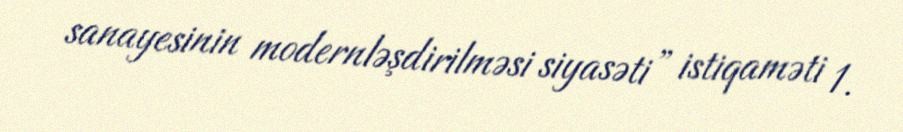
sanayesinin modernləşdirilməsi siyasəti” istiqaməti 1.